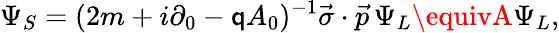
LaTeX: \Psi_{S}=(2m+i\partial_{0}-\mathsf{q}A_{0})^{-1}\vec{{\sigma}}\cdot\vec{{p}}\, \Psi_{L}\equivA\Psi_{L},